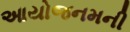
આયોજનમની